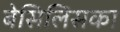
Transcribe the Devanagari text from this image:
बेसिलिसका